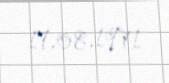
17.08.1971